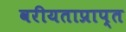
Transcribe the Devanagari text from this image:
वरीयताप्राप्त